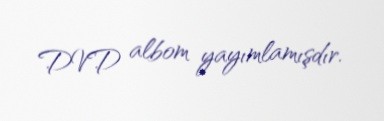
DVD albom yayımlamışdır.